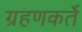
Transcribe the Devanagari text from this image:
ग्रहणकर्ते